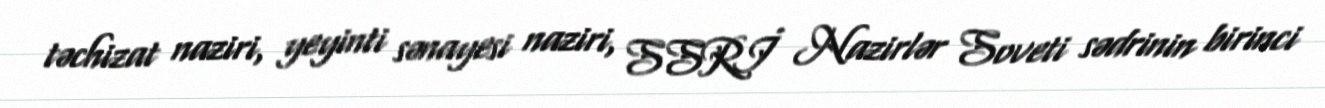
təchizat naziri, yeyinti sənayesi naziri, SSRİ Nazirlər Soveti sədrinin birinci